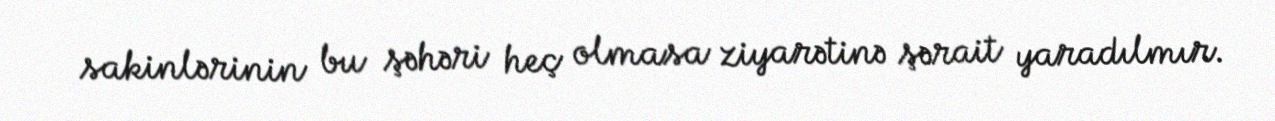
sakinlərinin bu şəhəri heç olmasa ziyarətinə şərait yaradılmır.